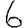
Digit: 6